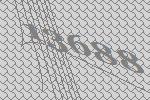
13688